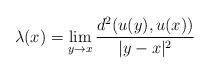
LaTeX: \begin{align*} \lambda(x) = \lim_{y \rightarrow x} \frac{d^2(u(y),u(x))}{|y-x|^2}\end{align*}